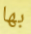
بها